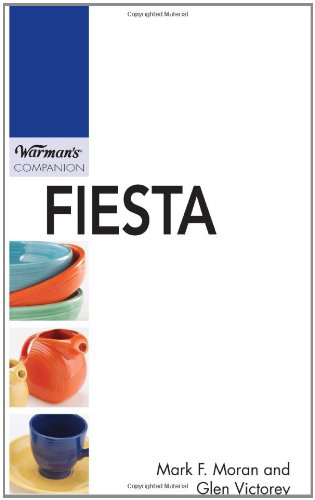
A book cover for Fiesta: Warman's Companion; Mark Moran; Crafts, Hobbies & Home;